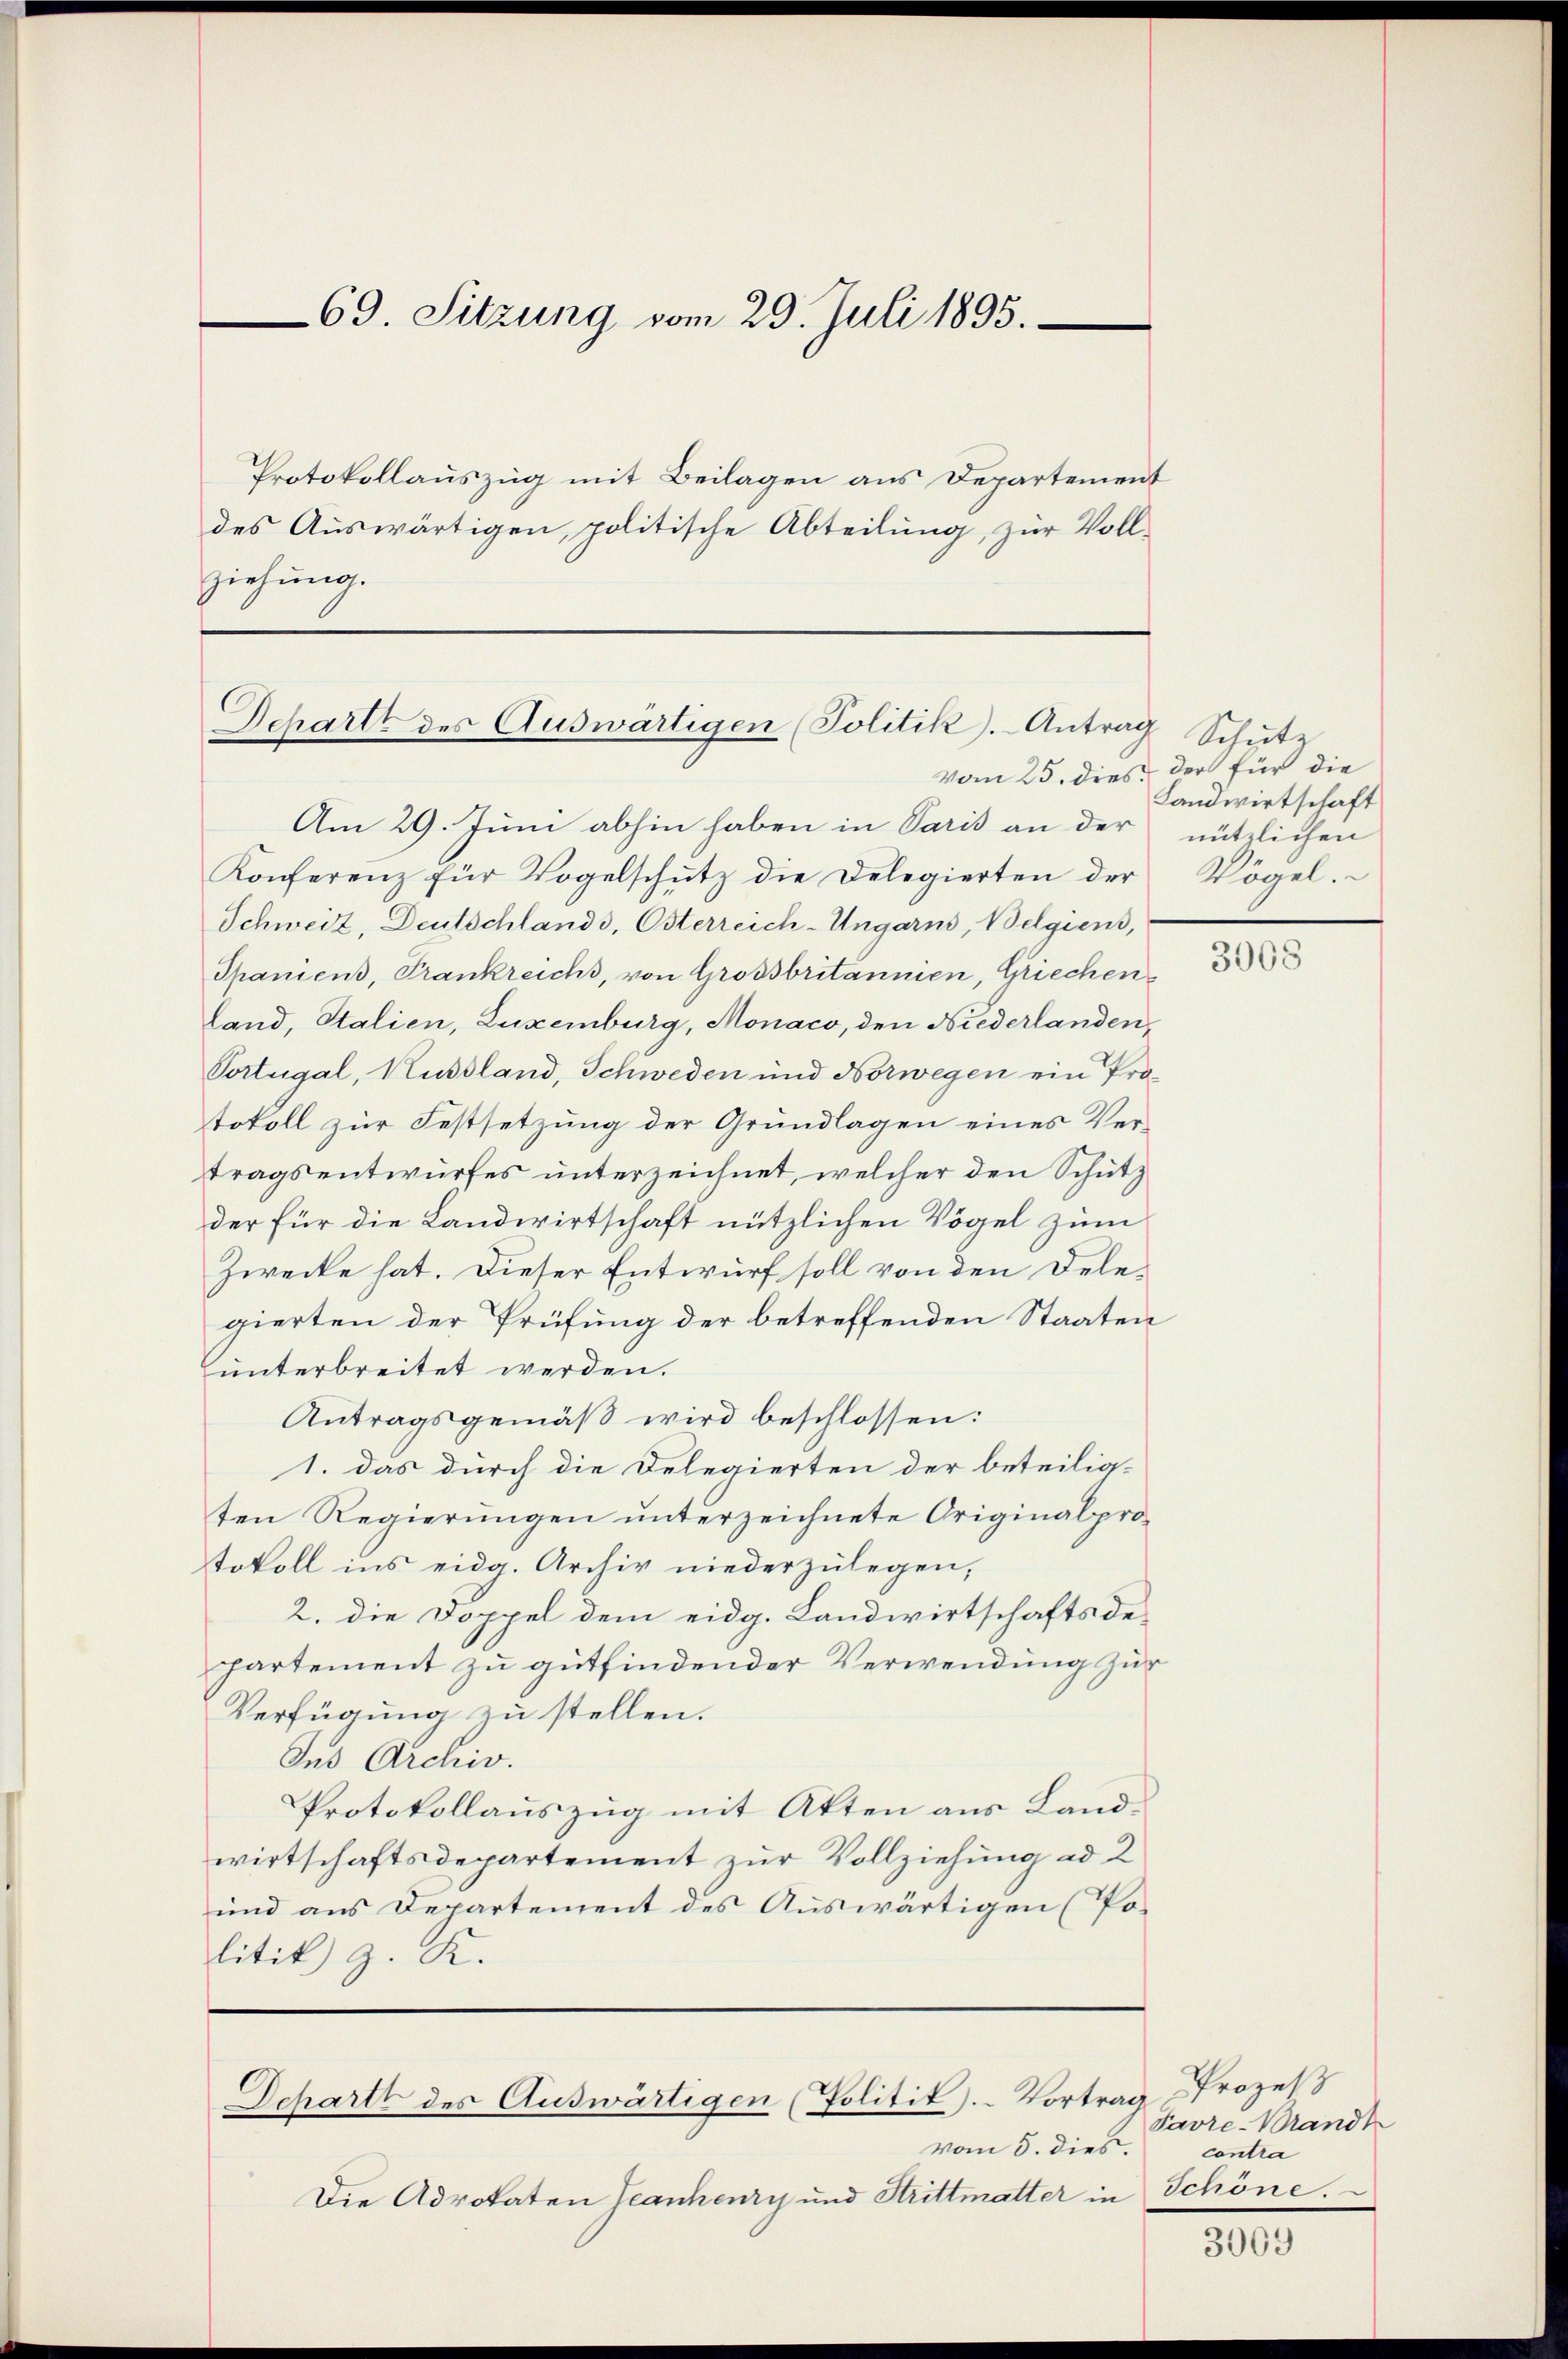
69. Sitzung vom 29. Juli 1895.

Protokollauszug mit Beilagen aus Departement
des Auswärtigen, politische Abteilung, zur Vollziehung.

Schartt des Auswärtigen (Politik. Antrag Schutz
vom 25. dies der für die

Am 29. Juni abhin haben in Paris an der nützlichen
Konferenz für Vogelschütz die Delegierten der Vögel.
Schweiz, Deutschlands, Osterreich-Ungarns, Belgiens,
Spanicus, Frankreichs, von Grossbritannien, Griechen
land, Stalien, Luxenburg, Monaco, den Niederlanden,
Portugal, Russland, Schweden und Norwegen ein Protokoll zur Festsetzung der Grundlagen eines Vertragsentwurfes unterzeichnet, welcher den Schütz
der für die Landwirtschaft nützlichen Vögel zum
Zwecke hat. Dieser Entwurf soll von den Delegierten der Prüfung der betreffenden Staaten
unterbreitet werden.
Antragsgemäß wird beschlossen:
1. das durch die Delegierten der beteilig-
ten Regierungen unterzeichnete Originalprotokoll ins eidg. Archiv niederzŭlegen,
2. die Doppel dem eidg. Landwirtschaftsdepartement zu gutfindender Verwendung zur
Verfügung zu stellen.
Ius Archiv.
Protokollauszug mit Akten aus Landwirtschaftsdepartement zur Vollziehung ad 2
und aus Departement des Auswärtigen (Politik z. K.

Schartt des Auswärtigen (Politit). Vortrag

vom 5. dies
Die Advokaten Teanheury und Strittmatter in Schöne.

Landwirtschaft

3068

Prozeß
Favre-Brandt
contra

3069